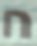
ח